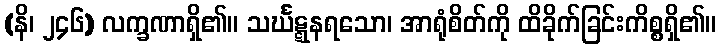
(နိ၊ ၂၄၆) လက္ခဏာရှိ၏။ သင်္ဃဋ္ဋနရသော၊ အာရုံစိတ်ကို ထိခိုက်ခြင်းကိစ္စရှိ၏။